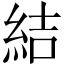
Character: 結